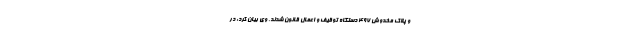
و پلاک مخدوش ۴۹۷ دستگاه توقیف و اعمال قانون شدند. وی بیان کرد: در